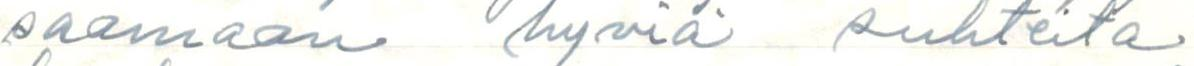
saamaan hyviä suhteita